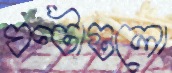
ঘণ্টাগুলো